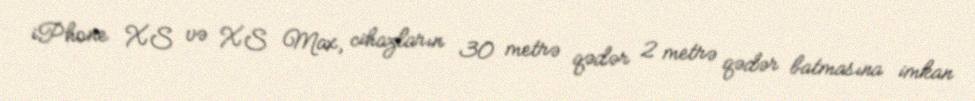
iPhone XS və XS Max, cihazların 30 metrə qədər 2 metrə qədər batmasına imkan